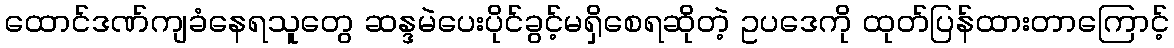
ထောင်ဒဏ်ကျခံနေရသူတွေ ဆန္ဒမဲပေးပိုင်ခွင့်မရှိစေရဆိုတဲ့ ဥပဒေကို ထုတ်ပြန်ထားတာကြောင့်